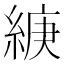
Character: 𦁶